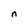
Character: n